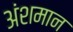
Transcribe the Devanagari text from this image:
अंशमान